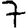
Digit: 7